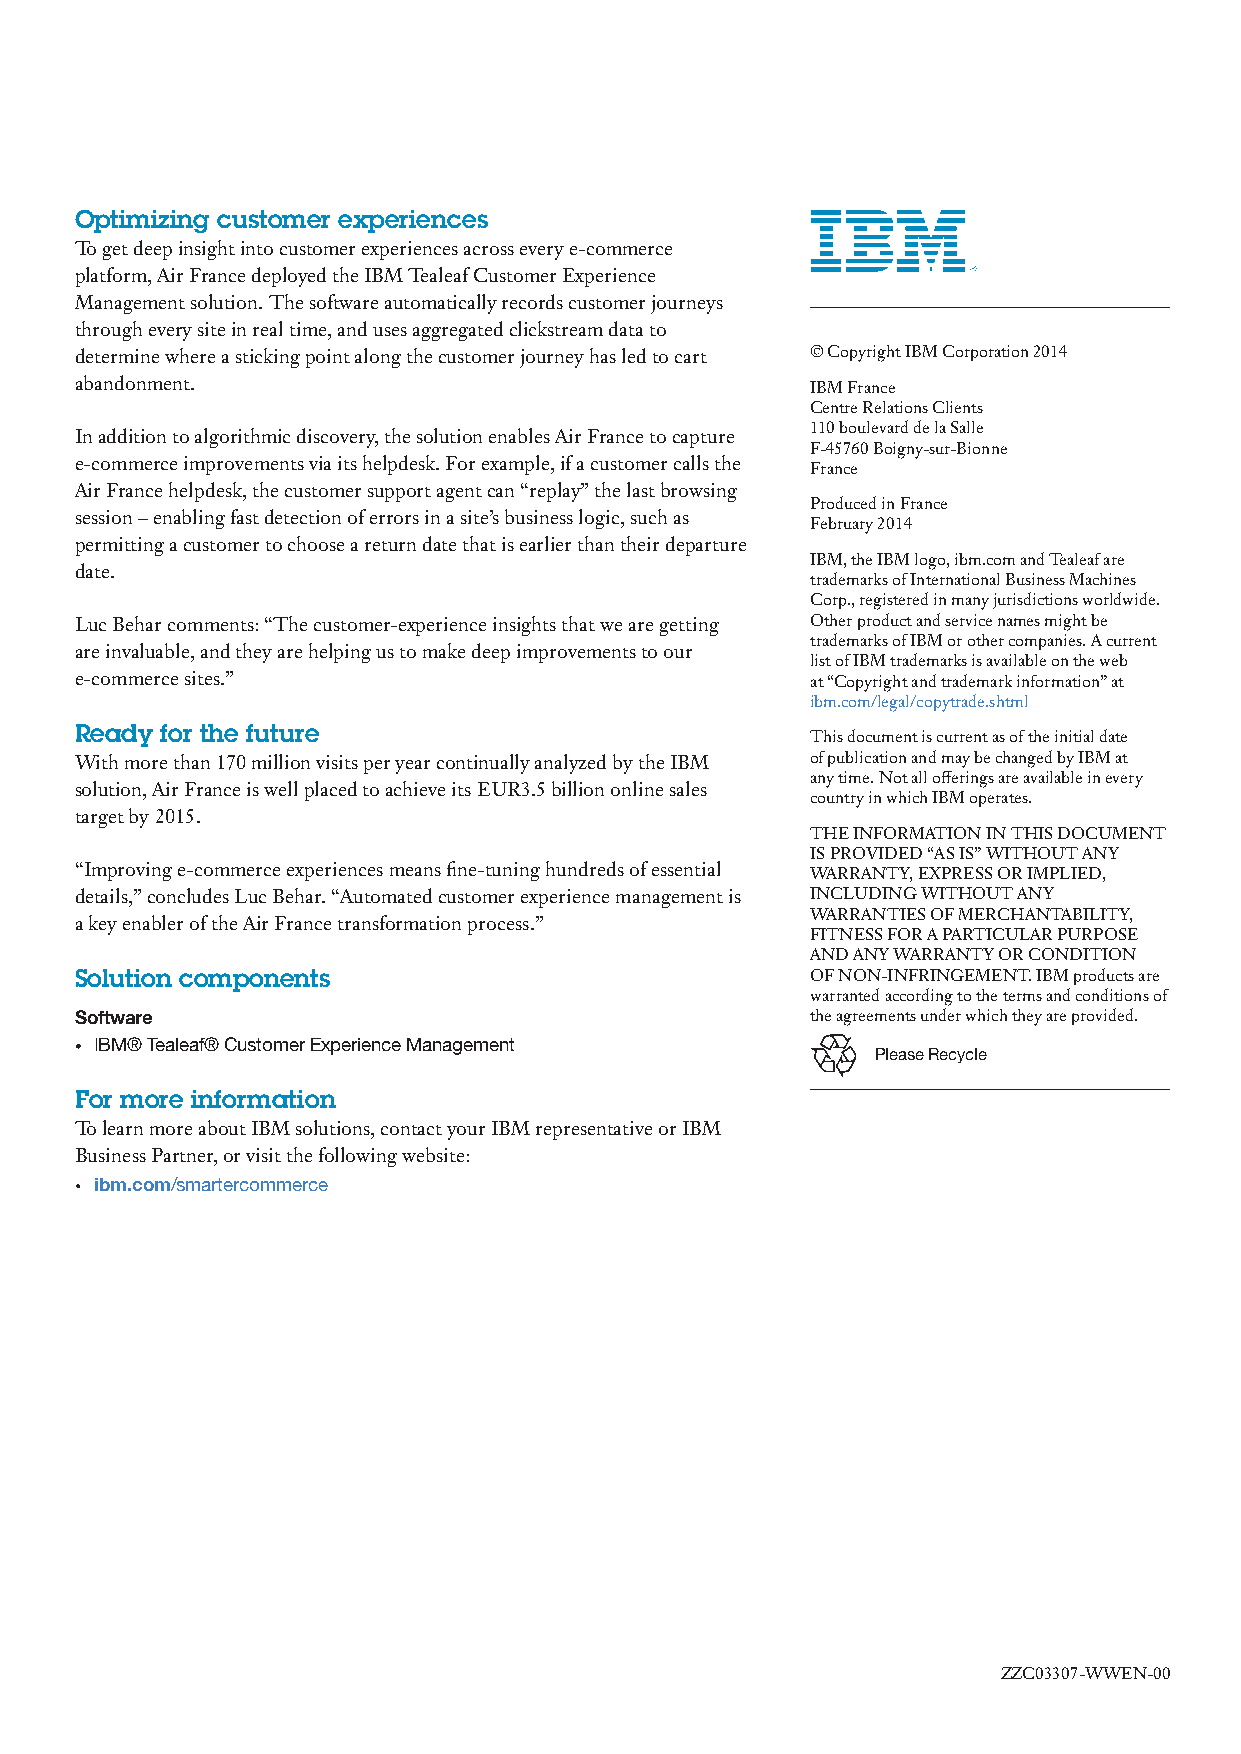
Optimizing customer experiences
 To get deep insight into customer experiences across every e-commerce
 platform, Air France deployed the IBM Tealeaf Customer Experience
 Management solution. The software automatically records customer journeys
 through every site in real time, and uses aggregated clickstream data to
 determine where a sticking point along the customer journey has led to cart © Copyright IBM Corporation 2014
 abandonment.                                     IBM France
 Centre Relations Clients
 110 boulevard de la Salle
 In addition to algorithmic discovery, the solution enables Air France to capture
 F-45760 Boigny-sur-Bionne
 e-commerce improvements via its helpdesk. For example, if a customer calls the France
 Air France helpdesk, the customer support agent can “replay” the last browsing
 Produced in France
 session – enabling fast detection of errors in a site’s business logic, such as
 February 2014
 permitting a customer to choose a return date that is earlier than their departure
 IBM, the IBM logo, ibm.com and Tealeaf are
 date.
 trademarks of International Business Machines
 Corp., registered in many jurisdictions worldwide.
 Luc Behar comments: “The customer-experience insights that we are getting Other product and service names might be
 trademarks of IBM or other companies. A current
 are invaluable, and they are helping us to make deep improvements to our
 list of IBM trademarks is available on the web
 e-commerce sites.”                               at “Copyright and trademark information” at
 ibm.com/legal/copytrade.shtml
 Ready for the future
 This document is current as of the initial date
 With more than 170 million visits per year continually analyzed by the IBM of publication and may be changed by IBM at
 any time. Not all offerings are available in every
 solution, Air France is well placed to achieve its EUR3.5 billion online sales
 country in which IBM operates.
 target by 2015.
 THE INFORMATION IN THIS DOCUMENT
 IS PROVIDED “AS IS” WITHOUT ANY
 “Improving e-commerce experiences means fine-tuning hundreds of essential WARRANTY, EXPRESS OR IMPLIED,
 details,” concludes Luc Behar. “Automated customer experience management is INCLUDING WITHOUT ANY
 WARRANTIES OF MERCHANTABILITY,
 a key enabler of the Air France transformation process.”
 FITNESS FOR A PARTICULAR PURPOSE
 AND ANY WARRANTY OR CONDITION
 Solution components                              OF NON-INFRINGEMENT. IBM products are
 warranted according to the terms and conditions of
 Software                                         the agreements under which they are provided.
 • IBM® Tealeaf® Customer Experience Management
 Please Recycle
 For more information
 To learn more about IBM solutions, contact your IBM representative or IBM
 Business Partner, or visit the following website:
 • ibm.com/smartercommerce
 ZZC03307-WWEN-00